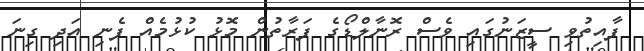
ފާއިތުވި ސީޒަނުގައި ވެސް ރޮނާލްޑޯގެ ފަރާތުން މޮޅު ކުޅުމެއް ފެނި އަދި ގިނަ